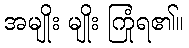
အမျိုး မျိုး ကြုံရ၏။